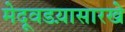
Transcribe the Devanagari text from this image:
मेदूवडय़ासारखे